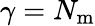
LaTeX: \gamma=N_{\mathrm{m}}